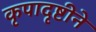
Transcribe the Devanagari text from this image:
कृपादृष्टीने